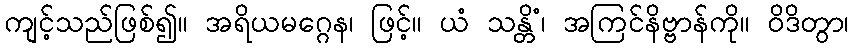
ကျင့်သည်ဖြစ်၍။ အရိယမဂ္ဂေန၊ ဖြင့်။ ယံ သန္တိံ၊ အကြင်နိဗ္ဗာန်ကို။ ဝိဒိတွာ၊